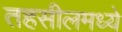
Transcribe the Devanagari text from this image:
तहसीलमध्ये